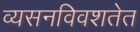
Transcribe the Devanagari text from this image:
व्यसनविवशतेत